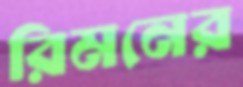
রিমনের